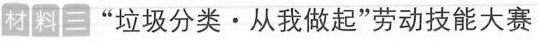
材料三”垃圾分类·从我做起”劳动技能大赛